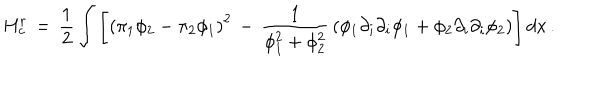
H _ { c } ^ { r } \, = \, { \frac { 1 } { 2 } } \int \left[ \left( \pi _ { 1 } \phi _ { 2 } - \pi _ { 2 } \phi _ { 1 } \right) ^ { 2 } \, - \, { \frac { 1 } { \phi _ { 1 } ^ { 2 } + \phi _ { 2 } ^ { 2 } } } \left( \phi _ { 1 } \partial _ { i } \partial _ { i } \phi _ { 1 } + \phi _ { 2 } \partial _ { i } \partial _ { i } \phi _ { 2 } \right) \right] d x \, .